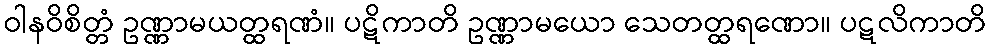
ဝါနဝိစိတ္တံ ဥဏ္ဏာမယတ္ထရဏံ။ ပဋိကာတိ ဥဏ္ဏာမယော သေတတ္ထရဏော။ ပဋလိကာတိ